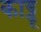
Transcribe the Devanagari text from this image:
काड्डू